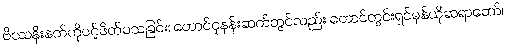
ဗိဿနိုးနတ်ကိုပင့်ဖိတ်ပသခြင်း၊ တောင်ငူနန်းဆက်တွင်လည်း တောင်တွင်းရှင်မုန်ယိုဆရာတော်၊